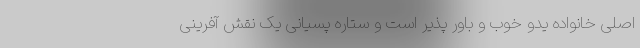
اصلی خانواده یدو خوب و باور پذیر است و ستاره پسیانی یک نقش آفرینی